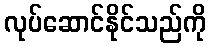
လုပ်ဆောင်နိုင်သည်ကို